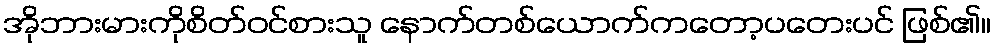
အိုဘားမားကိုစိတ်ဝင်စားသူ နောက်တစ်ယောက်ကတော့ပတေးပင် ဖြစ်၏။